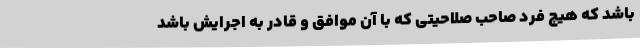
باشد که هیچ فرد صاحب صلاحیتی که با آن موافق و قادر به اجرایش باشد